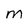
Character: m